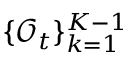
\{ \mathcal { O } _ { t } \} _ { k = 1 } ^ { K - 1 }